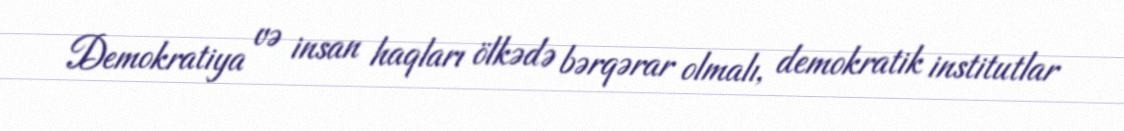
Demokratiya və insan haqları ölkədə bərqərar olmalı, demokratik institutlar